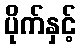
ပိုက်နှင့်